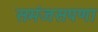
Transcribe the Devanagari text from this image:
समंजसपणा